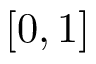
[ 0 , 1 ]